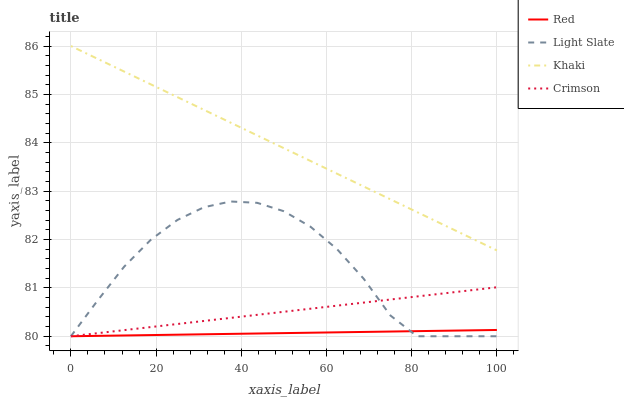
| xaxis_label | Red | Light Slate | Khaki | Crimson |
 | --- | --- | --- | --- | --- |
 | 0 | 80 | 80 | 86 | 80 |
 | 6.25 | 80 | 80.7 | 85.7 | 80.1 |
 | 12.5 | 80 | 81.4 | 85.5 | 80.1 |
 | 18.8 | 80 | 82 | 85.2 | 80.2 |
 | 25 | 80 | 82.4 | 84.9 | 80.3 |
 | 31.2 | 80 | 82.7 | 84.7 | 80.3 |
 | 37.5 | 80 | 82.8 | 84.4 | 80.4 |
 | 43.8 | 80.1 | 82.8 | 84.2 | 80.4 |
 | 50 | 80.1 | 82.6 | 83.9 | 80.5 |
 | 56.2 | 80.1 | 82.3 | 83.6 | 80.6 |
 | 62.5 | 80.1 | 81.8 | 83.4 | 80.6 |
 | 68.8 | 80.1 | 81.2 | 83.1 | 80.7 |
 | 75 | 80.1 | 80.4 | 82.8 | 80.8 |
 | 81.2 | 80.1 | 80 | 82.6 | 80.8 |
 | 87.5 | 80.1 | 80 | 82.3 | 80.9 |
 | 93.8 | 80.1 | 80 | 82 | 80.9 |
 | 100 | 80.1 | 80 | 81.8 | 81 |